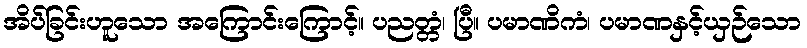
အိပ်ခြင်းဟူသော အကြောင်းကြောင့်။ ပညတ္တံ၊ ပြီ။ ပမာဏိကံ၊ ပမာဏနှင့်ယှဉ်သော